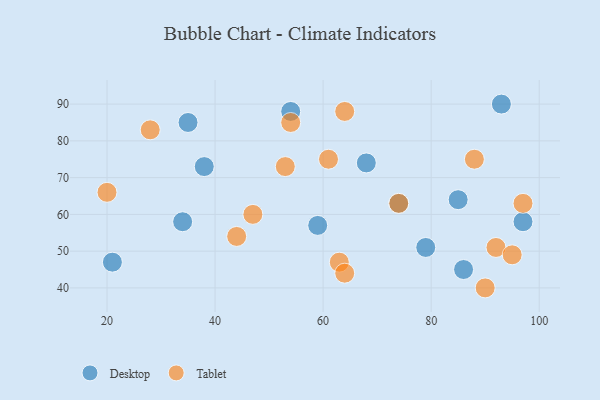
{"axis": {"x": "GDP", "y": "Life Expectancy"}, "legend": ["Desktop", "Tablet"], "data": [{"x": "35", "y": 85, "type": "Desktop"}, {"x": "86", "y": 45, "type": "Desktop"}, {"x": "74", "y": 63, "type": "Desktop"}, {"x": "38", "y": 73, "type": "Desktop"}, {"x": "79", "y": 51, "type": "Desktop"}, {"x": "68", "y": 74, "type": "Desktop"}, {"x": "54", "y": 88, "type": "Desktop"}, {"x": "93", "y": 90, "type": "Desktop"}, {"x": "59", "y": 57, "type": "Desktop"}, {"x": "97", "y": 58, "type": "Desktop"}, {"x": "34", "y": 58, "type": "Desktop"}, {"x": "85", "y": 64, "type": "Desktop"}, {"x": "21", "y": 47, "type": "Desktop"}, {"x": "28", "y": 83, "type": "Tablet"}, {"x": "92", "y": 51, "type": "Tablet"}, {"x": "90", "y": 40, "type": "Tablet"}, {"x": "74", "y": 63, "type": "Tablet"}, {"x": "64", "y": 88, "type": "Tablet"}, {"x": "44", "y": 54, "type": "Tablet"}, {"x": "97", "y": 63, "type": "Tablet"}, {"x": "54", "y": 85, "type": "Tablet"}, {"x": "63", "y": 47, "type": "Tablet"}, {"x": "95", "y": 49, "type": "Tablet"}, {"x": "64", "y": 44, "type": "Tablet"}, {"x": "47", "y": 60, "type": "Tablet"}, {"x": "61", "y": 75, "type": "Tablet"}, {"x": "20", "y": 66, "type": "Tablet"}, {"x": "88", "y": 75, "type": "Tablet"}, {"x": "53", "y": 73, "type": "Tablet"}]}